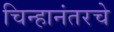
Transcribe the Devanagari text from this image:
चिन्हानंतरचे